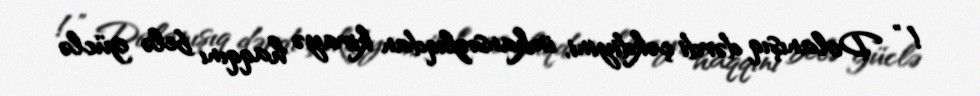
!” Dolanışıq dərdi çəkdiyini, imkansızlıqdan kirayə haqqını belə güclə